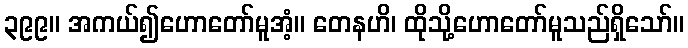
၃၉၉။ အကယ်၍ဟောတော်မူအံ့။ တေနဟိ၊ ထိုသို့ဟောတော်မူသည်ရှိသော်။